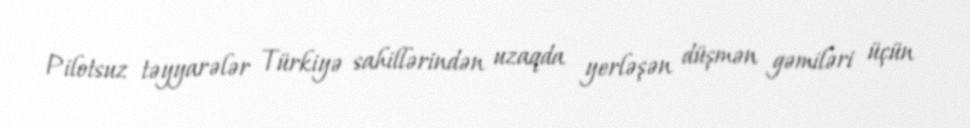
Pilotsuz təyyarələr Türkiyə sahillərindən uzaqda yerləşən düşmən gəmiləri üçün